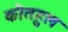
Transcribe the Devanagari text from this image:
कौतहुल